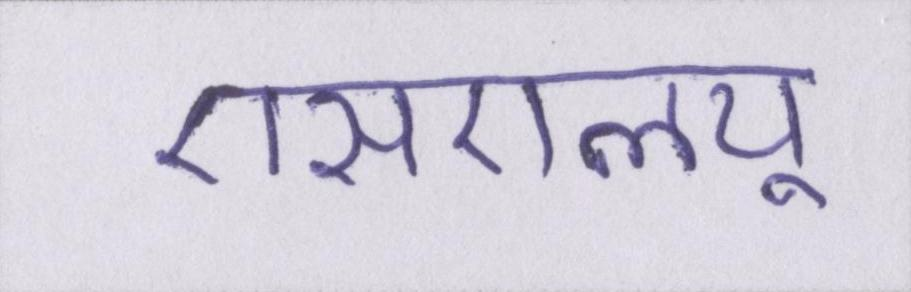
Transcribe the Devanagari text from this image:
एसएलयू